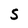
Character: S